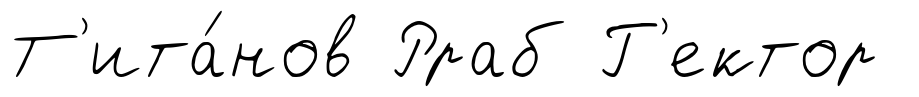
Т'ита́нов Рраб Г'ектор